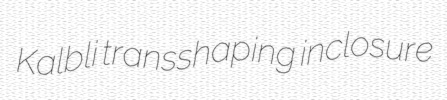
Kalbli transshaping inclosure